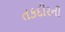
તકદીરનો